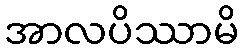
အာလပိဿာမိ